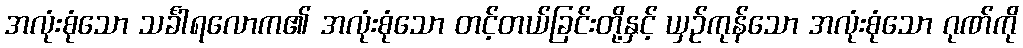
အလုံးစုံသော သင်္ခါရလောက၏ အလုံးစုံသော တင့်တယ်ခြင်းတို့နှင့် ယှဉ်ကုန်သော အလုံးစုံသော ဂုဏ်ကို